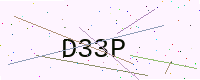
Text: D33P